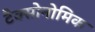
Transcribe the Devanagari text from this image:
टैक्सोनोमिक